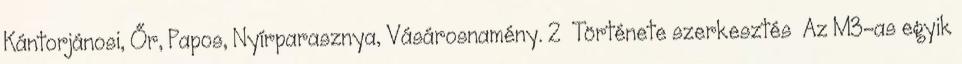
Kántorjánosi, Őr, Papos, Nyírparasznya, Vásárosnamény. 2 Története szerkesztés Az M3-as egyik